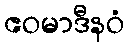
ဧဝမာဒီနဝံ